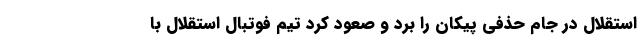
استقلال در جام حذفی پیکان را برد و صعود کرد تیم فوتبال استقلال با